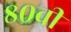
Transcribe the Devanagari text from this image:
८०वीं